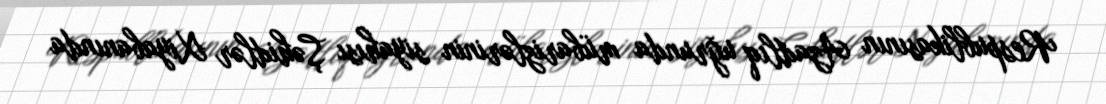
Respublikasının Azadlıq uğrunda mübarizlərinin siyahısı Şəhidlər Xiyabanında